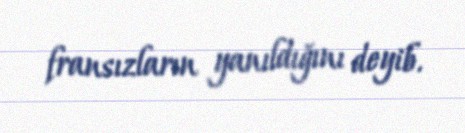
fransızların yanıldığını deyib.